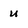
Character: u